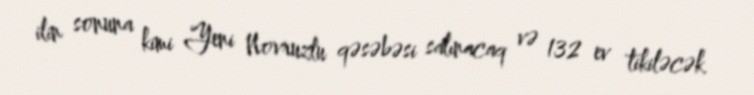
ilin sonuna kimi Yeni Novruzlu qəsəbəsi salınacaq və 132 ev tikiləcək.